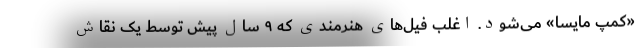
«کمپ مایسا» می‌شود. اغلب فیل‌های هنرمندی که ۹ سال پیش توسط یک نقاش